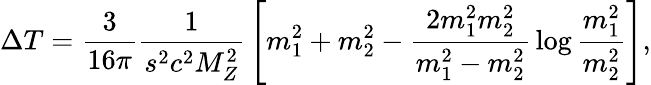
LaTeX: \Delta T={\frac{3}{16\pi}}{\frac{1}{s^{2}c^{2}M_{Z}^{2}}}\left[m_{1}^{2}+m_{2}^{2}-{\frac{2m_{1}^{2}m_{2}^{2}}{m_{1}^{2}-m_{2}^{2}}}\log{\frac{m_{1}^{2}}{m_{2}^{2}}}\right],